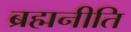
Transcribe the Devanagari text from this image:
ब्रह्मनीति